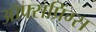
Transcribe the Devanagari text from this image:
ऑफ्सप्रिंग्स